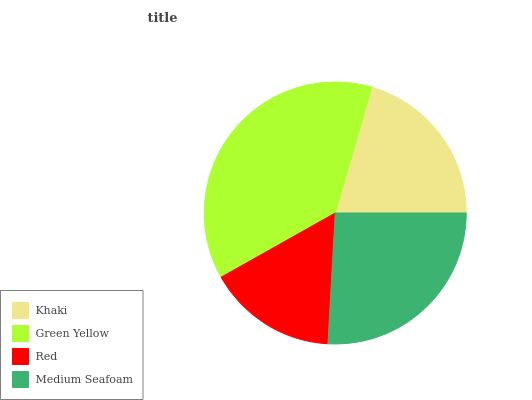
| Khaki | Green Yellow | Red | Medium Seafoam |
 | --- | --- | --- | --- |
 | 20.5% | 37.7% | 15.9% | 25.9% |